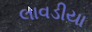
લાવડીયા